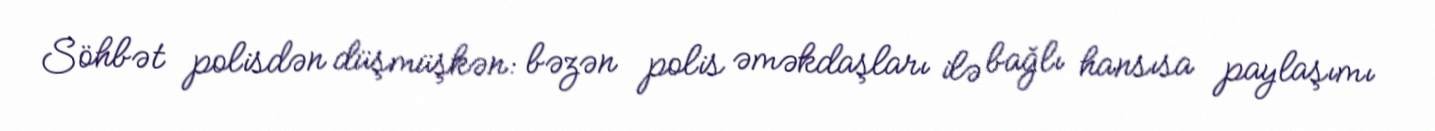
Söhbət polisdən düşmüşkən: bəzən polis əməkdaşları ilə bağlı hansısa paylaşımı